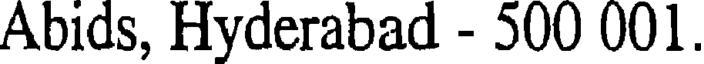
Abids, Hyderabad - 500 001.